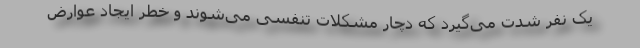
یک نفر شدت می‌گیرد که دچار مشکلات تنفسی می‌شوند و خطر ایجاد عوارض